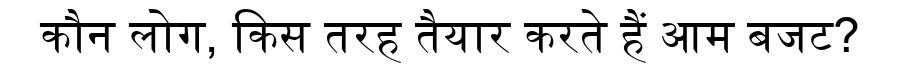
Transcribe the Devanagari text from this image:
कौन लोग, किस तरह तैयार करते हैं आम बजट?